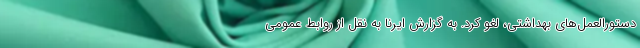
دستورالعمل‌های بهداشتی، لغو کرد. به گزارش ایرنا به نقل از روابط عمومی